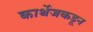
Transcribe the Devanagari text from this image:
कार्थेजकडून